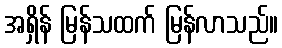
အရှိန် မြန်သထက် မြန်လာသည်။